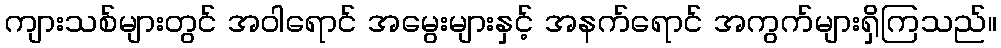
ကျားသစ်များတွင် အဝါရောင် အမွေးများနှင့် အနက်ရောင် အကွက်များရှိကြသည်။